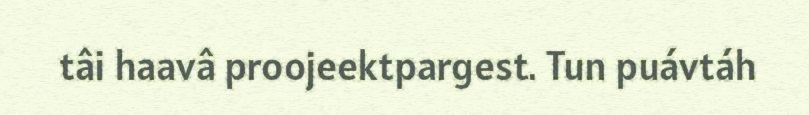
tâi haavâ proojeektpargest. Tun puávtáh